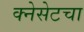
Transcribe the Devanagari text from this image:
क्नेसेटचा